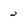
Character: 2